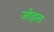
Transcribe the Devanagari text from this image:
जोड़ल